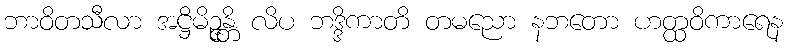
ဘာဝိတသီလာ အဋ္ဌိမိဉ္ဇန္တိ လိပ ဘဒ္ဒိကာတိ တမညော နဘတော ဟတ္ထဝိကာရေန